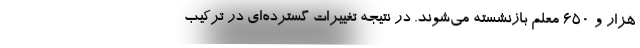
هزار و ۶۵۰ معلم بازنشسته می‌شوند. در نتیجه تغییرات گسترده‌ای در ترکیب